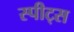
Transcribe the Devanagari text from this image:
स्पीट्स